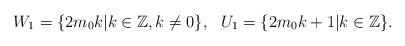
LaTeX: \begin{align*}W_1=\{2m_0k | k \in \mathbb Z, k\neq 0\}, ~~ U_1=\{2m_0k +1 | k \in \mathbb Z\}.\end{align*}